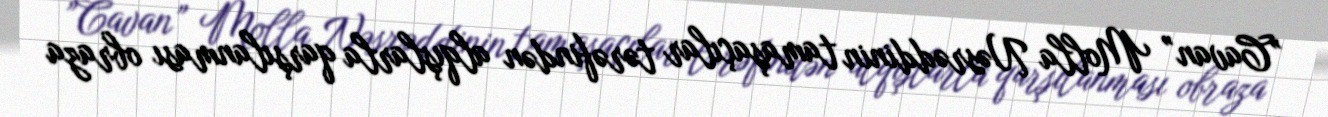
”Cavan” Molla Nəsrəddinin tamaşaçılar tərəfindən alqışlarla qarşılanması obraza